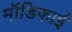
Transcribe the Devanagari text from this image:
मॉडिफाई